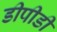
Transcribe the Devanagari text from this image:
डीपीडी